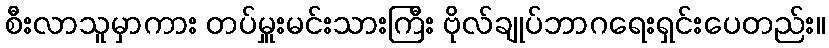
စီးလာသူမှာကား တပ်မှူးမင်းသားကြီး ဗိုလ်ချုပ်ဘာဂရေးရှင်းပေတည်း။